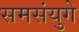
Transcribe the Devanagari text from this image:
समसंयुगे